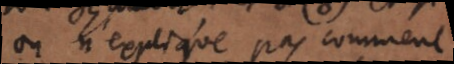
on n’explique pas comment